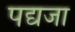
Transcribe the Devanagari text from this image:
पद्यजा